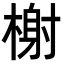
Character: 榭